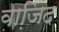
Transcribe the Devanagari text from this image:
वाजि़द